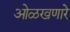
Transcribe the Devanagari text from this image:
ओळखणारे